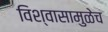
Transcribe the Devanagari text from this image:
विश्‍वासामुळेच